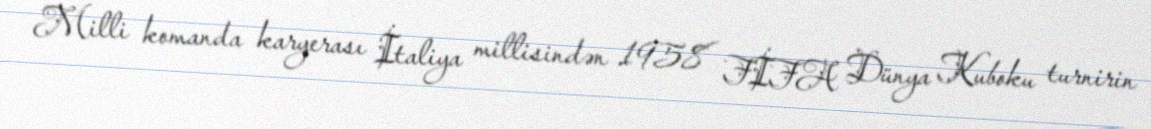
Milli komanda karyerası İtaliya millisindən 1958 FİFA Dünya Kuboku turnirin